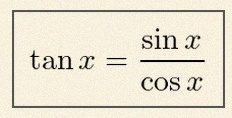
\tan x=\frac{\sin x}{\cos x}